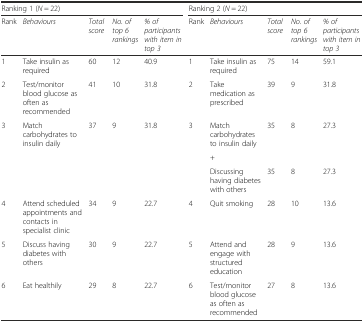
<table><thead><tr><td colspan="5"><b>Ranking 1 (<i>N</i> = 22)</b></td><td colspan="5"><b>Ranking 2 (<i>N</i> = 22)</b></td></tr><tr><td><b>Rank</b></td><td><b><i>Behaviours</i></b></td><td><b><i>Total score</i></b></td><td><b><i>No. of top 6 rankings</i></b></td><td><b><i>% of participants with item in top 3</i></b></td><td><b>Rank</b></td><td><b><i>Behaviours</i></b></td><td><b><i>Total score</i></b></td><td><b><i>No. of top 6 rankings</i></b></td><td><b><i>% of participants with item in top 3</i></b></td></tr></thead><tbody><tr><td>1</td><td>Take insulin as required</td><td>60</td><td>12</td><td>40.9</td><td>1</td><td>Take insulin as required</td><td>75</td><td>14</td><td>59.1</td></tr><tr><td>2</td><td>Test/monitor blood glucose as often as recommended</td><td>41</td><td>10</td><td>31.8</td><td>2</td><td>Take medication as prescribed</td><td>39</td><td>9</td><td>31.8</td></tr><tr><td rowspan="3">3</td><td rowspan="3">Match carbohydrates to insulin daily</td><td rowspan="3">37</td><td rowspan="3">9</td><td rowspan="3">31.8</td><td rowspan="3">3</td><td>Match carbohydrates to insulin daily</td><td rowspan="2">35</td><td rowspan="2">8</td><td rowspan="2">27.3</td></tr><tr><td>+</td></tr><tr><td>Discussing having diabetes with others</td><td>35</td><td>8</td><td>27.3</td></tr><tr><td>4</td><td>Attend scheduled appointments and contacts in specialist clinic</td><td>34</td><td>9</td><td>22.7</td><td>4</td><td>Quit smoking</td><td>28</td><td>10</td><td>13.6</td></tr><tr><td>5</td><td>Discuss having diabetes with others</td><td>30</td><td>9</td><td>22.7</td><td>5</td><td>Attend and engage with structured education</td><td>28</td><td>9</td><td>13.6</td></tr><tr><td>6</td><td>Eat healthily</td><td>29</td><td>8</td><td>22.7</td><td>6</td><td>Test/monitor blood glucose as often as recommended</td><td>27</td><td>8</td><td>13.6</td></tr></tbody></table>